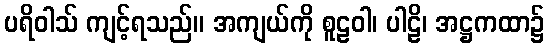
ပရိဝါသ် ကျင့်ရသည်။ အကျယ်ကို စူဠဝါ၊ ပါဠိ၊ အဋ္ဌကထာ၌